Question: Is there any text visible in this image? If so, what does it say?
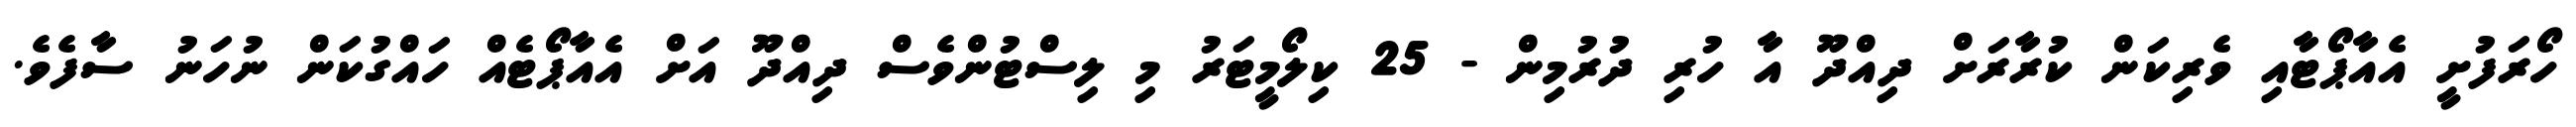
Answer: ހޯރަފުށީ އެއާޕޯޓާއި ވެރިކަން ކުރާރަށް ދިއްދޫ އާ ހުރި ދުރުމިން - 25 ކިލޯމީޓަރު މި ލިސްޓުންވެސް ދިއްދޫ އަށް އެއާޕޯޓެއް ހައްގުކަން ނުހަނު ސާފެވެ.